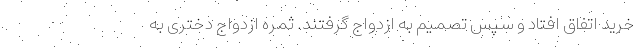
خرید اتفاق افتاد و سپس تصمیم به ازدواج گرفتند. ثمره ازدواج دختری به